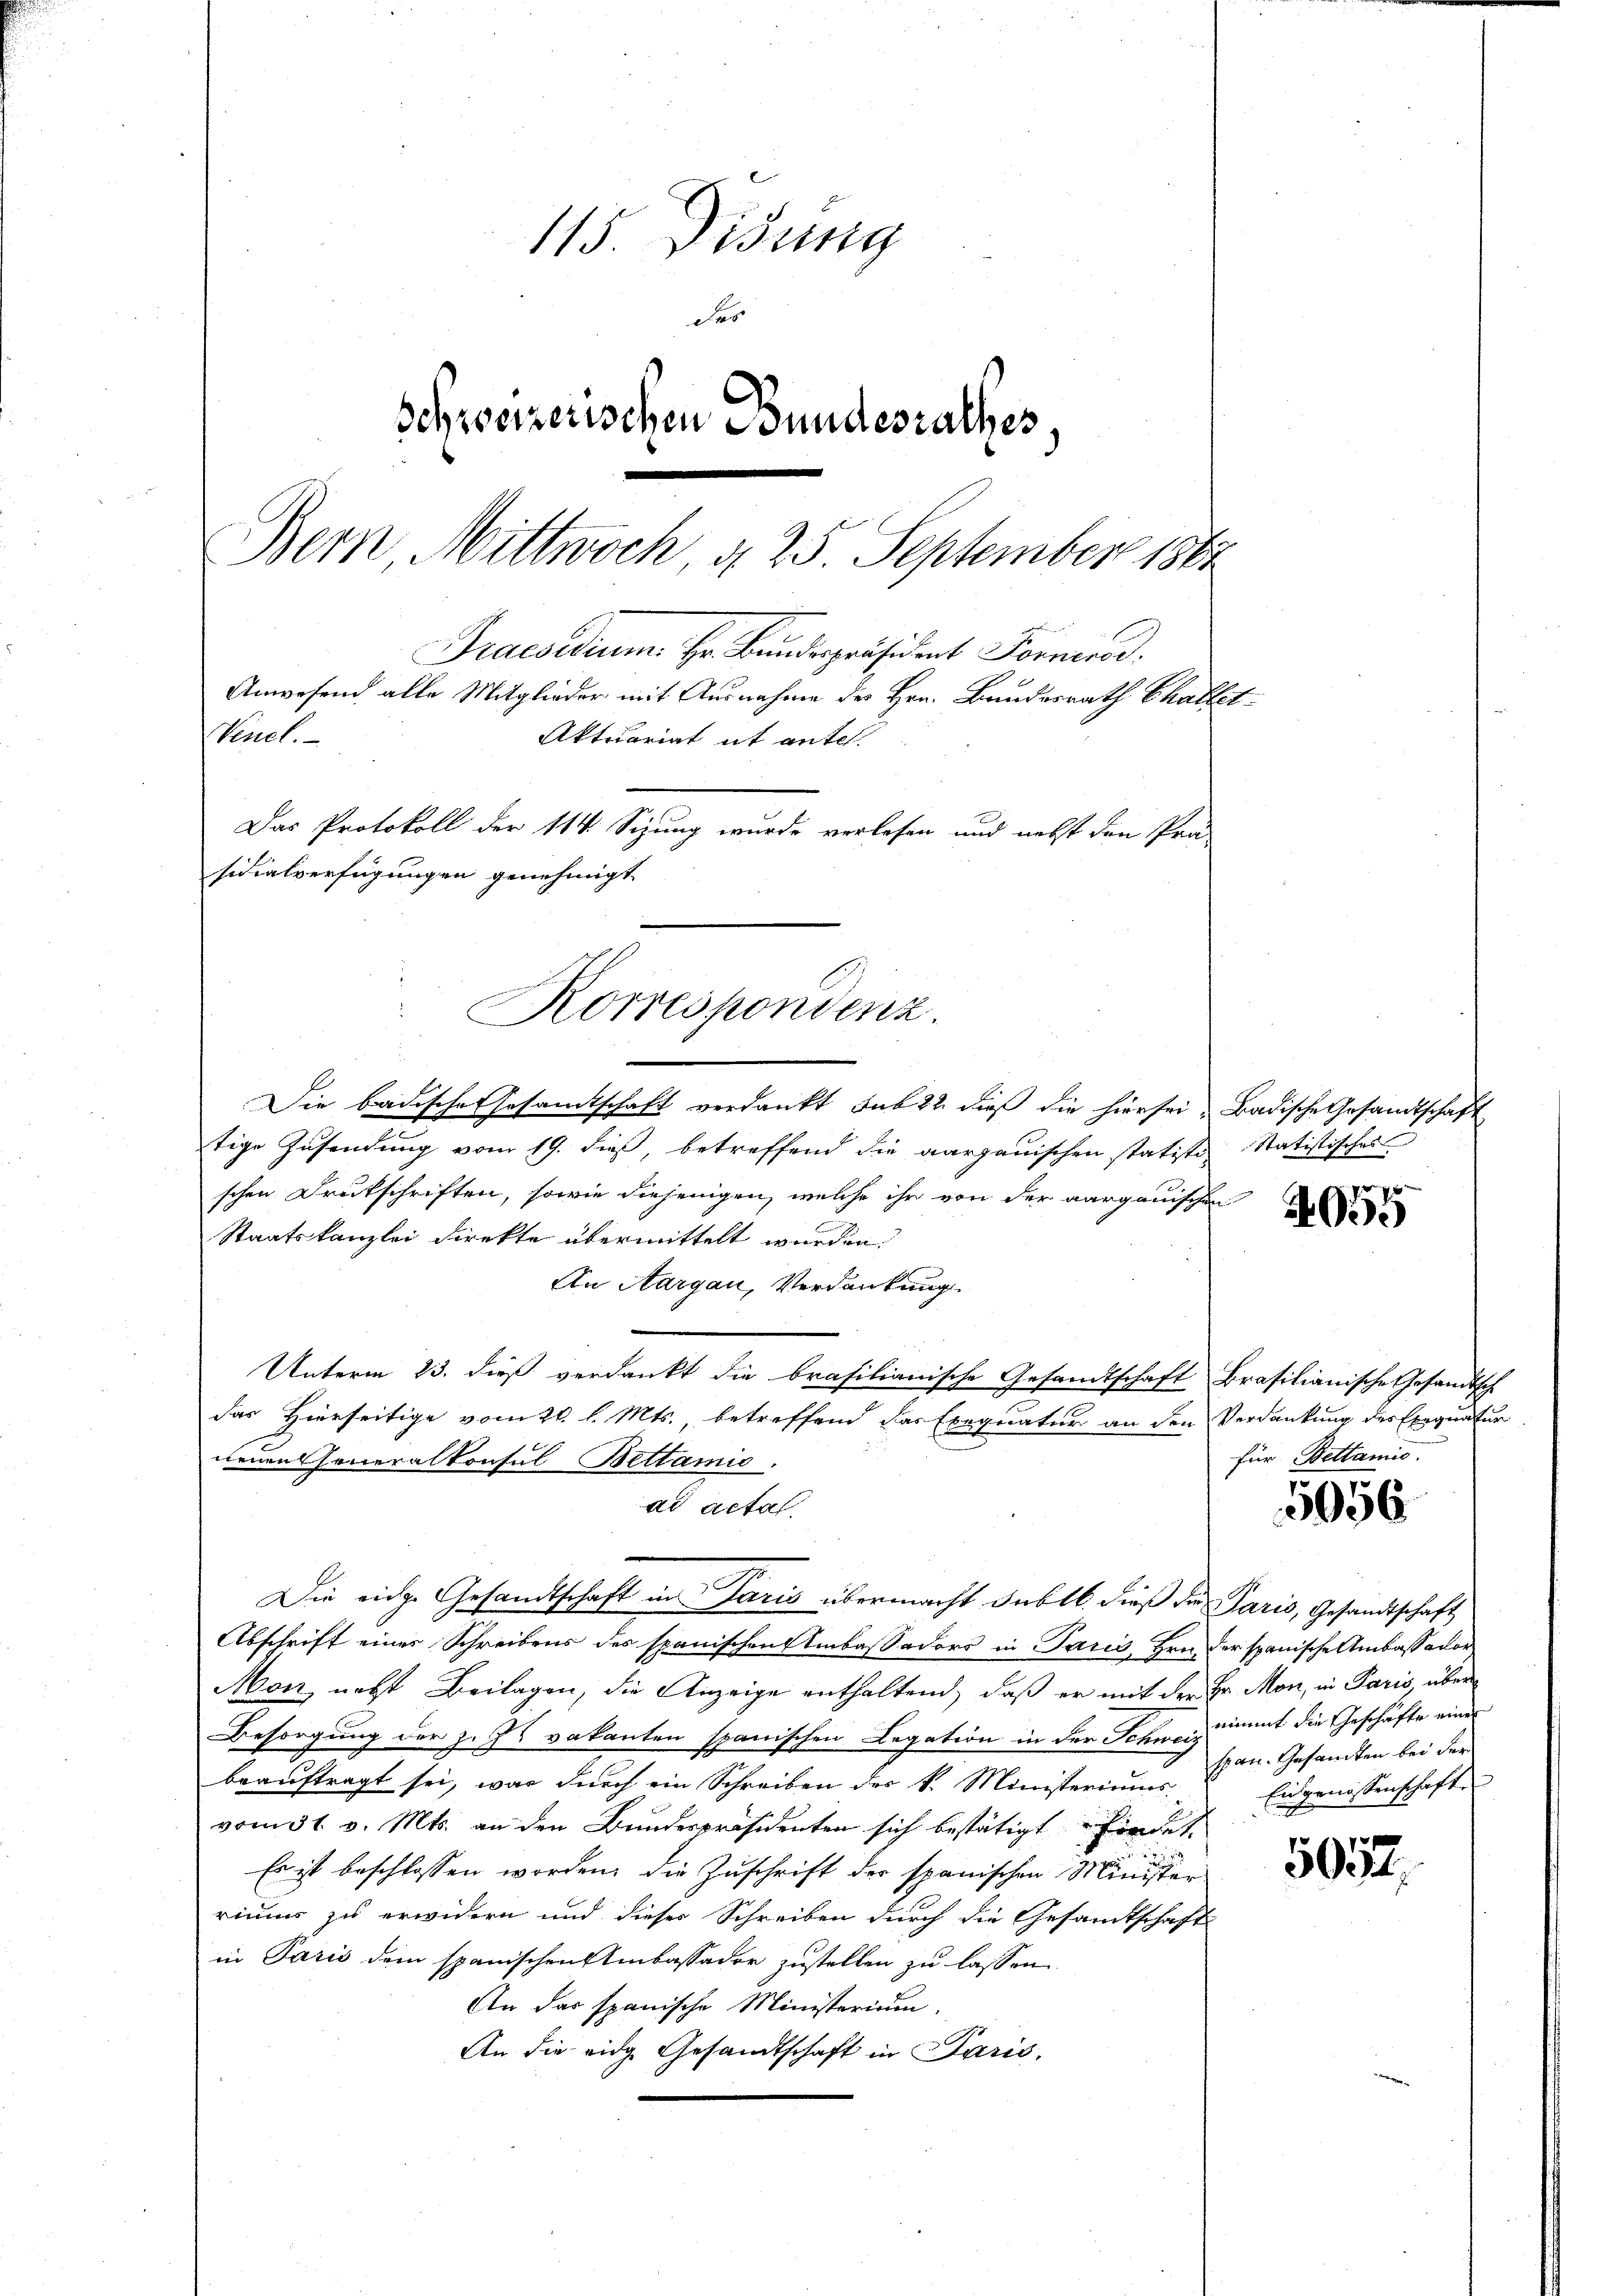
115. Didung
des
Schreizerischen Bundesrathes
Bern Mittwoch g 25. September 186
Praesidium. Hr. Bundespräsident Fornerer.
Anwesend alle Mitglieder mit Ausnahme des Hrn. Bundesrath Chaltet
Venel.
Aktuariat it antel.
Das Protokoll der 114. Sizung wurde verlesen und nebst den Prä-

sidialverfügungen genehmigt
Korrespondenz.

Die badische Gesamtschaft verdankt sub 22 dieß die hier sei. Badische Gesandtschaft
tige Zusendung vom 19. dieß, betreffend die aargauischen statiste Statistisches
schen Deutschriften, sowie diejenigen, welche ihr von der aargauischen
Staatskanzlei direkte übermittelt wurden.
An Aargau, Verdankung
Unterm 23. dieß verdankt die brasilianische Gesandtschaft Brasilianische Gesandtsch
das Hierseitige vom 21. l. Mts., betreffend das Exequatur an den Verdankung des Exequatur
neuen Generalkonsul Bettamio.
ad acta.
Die eidge Gesandtschaft in Paris übermacht dublb. dieß der Paris, Gesandtschaft
Abschrift eines Schreibens des spanischen Ambassaders in Paris, Hrn. der spanische Ambassador
Mon, necht Beilagen, die Anzeige enthaltend, daß er mit der Hr. Mon, in Paris, über
Besorgung der z. Js vakanten spanischen Legation in der Schweiz nimmt die Geschäfte eines
beauftragt sei, was durch ein Schreiben der k. Ministeriums
vom 31. v. Mts. an den Bundespräsidenten sich bestätigt findet
Es ist beschlossen worden, die Zuschrift der spanischen Minister
riums zu erwidern und dieser Schreiben durch die Gesandtschaft
in Paris dem spanischen Ambassader zustellen zu lassen
An das spanische Ministerium.
An die eige Gesandtschaft in Paris,

4039

für Bettamis.

5056

span. Gesamten bei der
Eingenossenschafte

507.